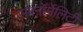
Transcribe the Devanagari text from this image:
सबनॉर्मेलिटी